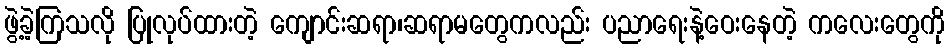
ဖွဲ့ခဲ့ကြသလို ပြုလုပ်ထားတဲ့ ကျောင်းဆရာ၊ဆရာမတွေကလည်း ပညာရေးနဲ့ဝေးနေတဲ့ ကလေးတွေကို